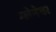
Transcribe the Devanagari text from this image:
ग्लेनेयर